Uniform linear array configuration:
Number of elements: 4
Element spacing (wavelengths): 1
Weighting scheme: hann
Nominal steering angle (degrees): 0
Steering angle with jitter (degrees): -1.285
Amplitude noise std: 0.05
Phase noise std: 0.05

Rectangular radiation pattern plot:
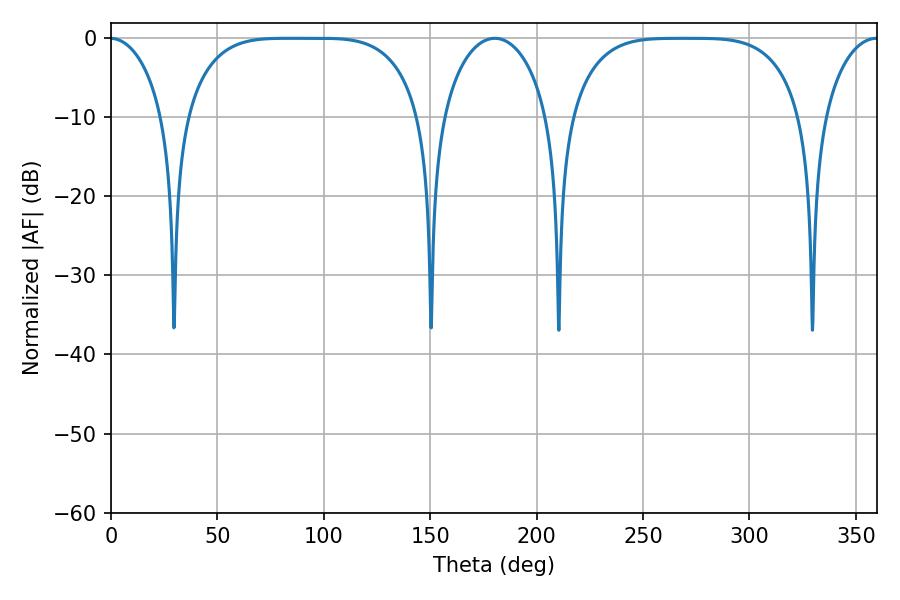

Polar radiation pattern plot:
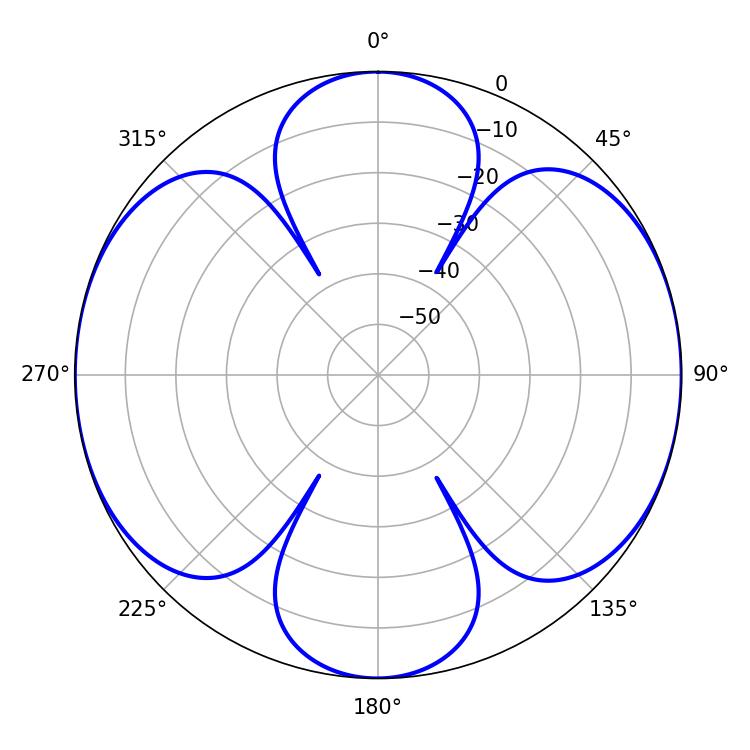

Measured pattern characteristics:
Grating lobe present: TRUE
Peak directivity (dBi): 19.0
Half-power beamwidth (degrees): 83.52
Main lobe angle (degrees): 83.7